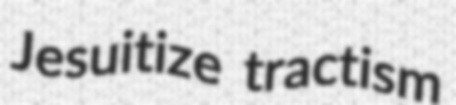
Jesuitize tractism